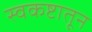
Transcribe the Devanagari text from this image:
स्वकष्टातून